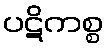
ပဋိကစ္စ